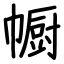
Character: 㡡